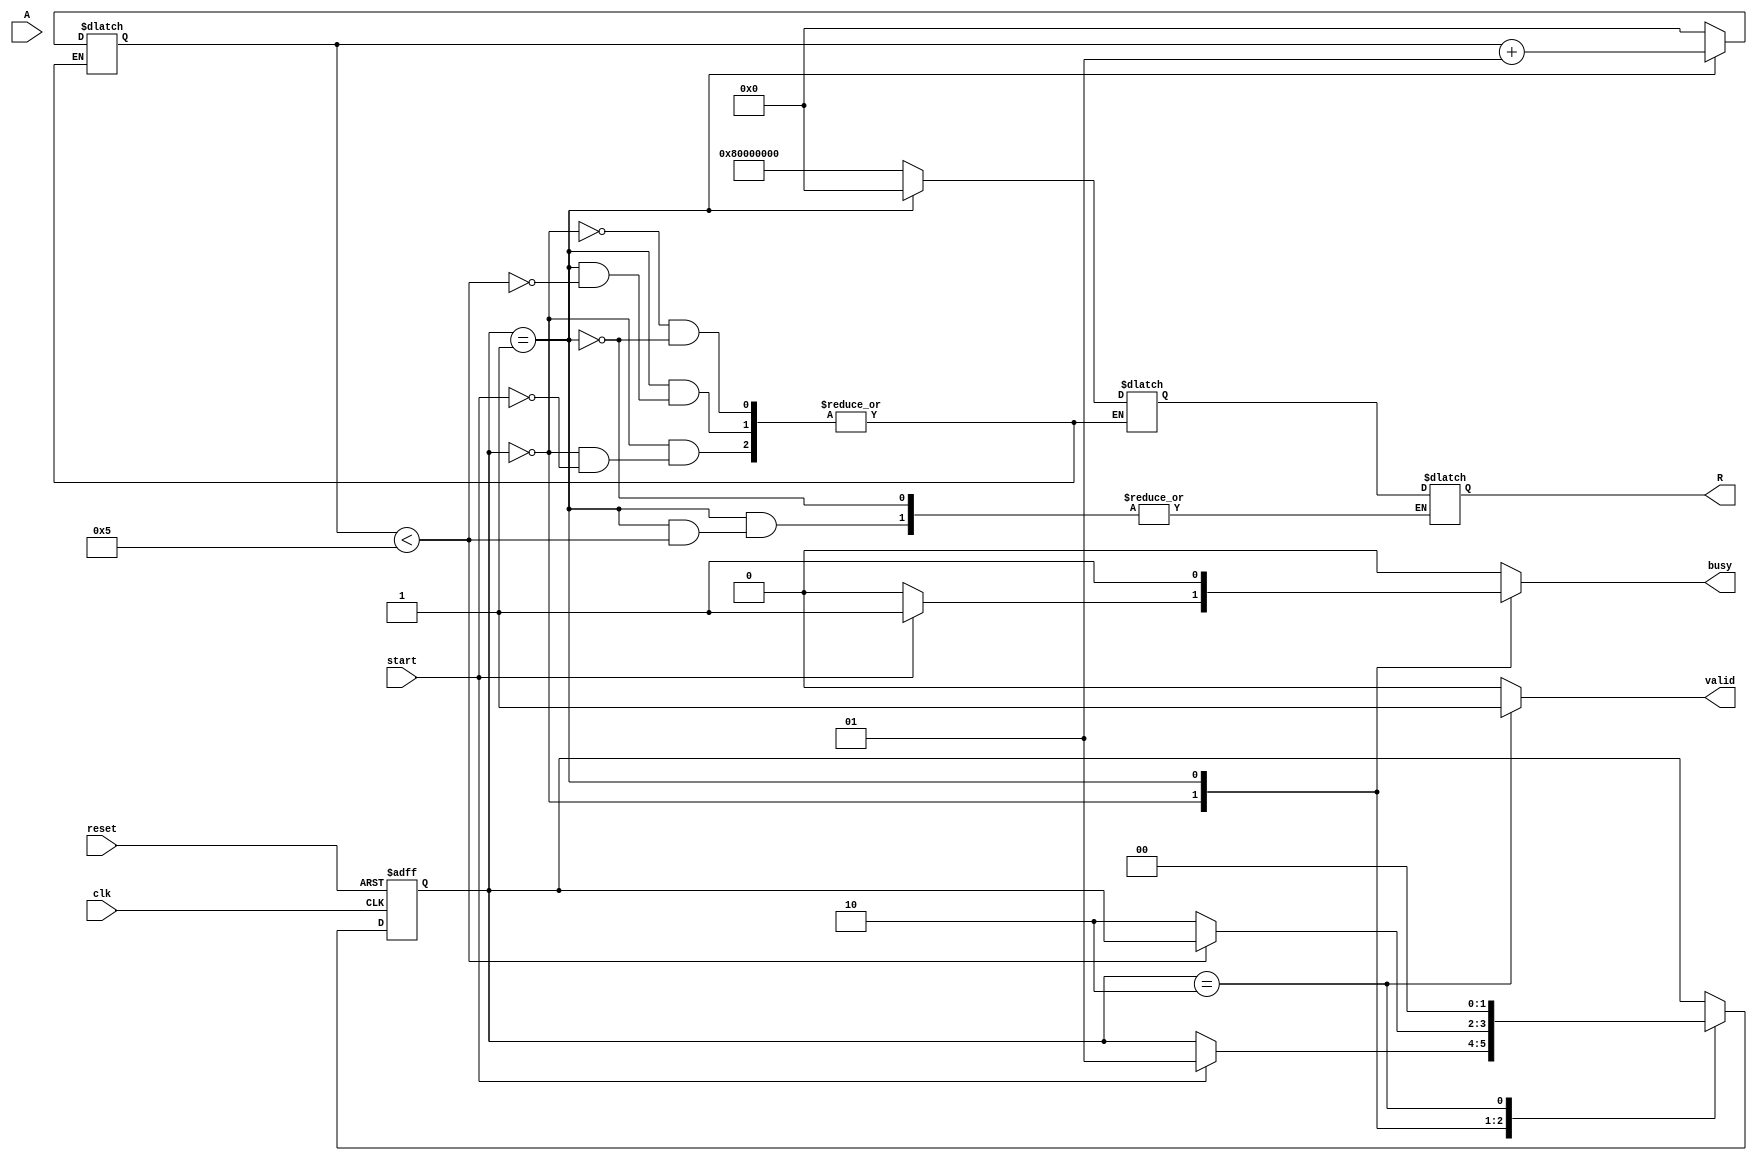
module ReciprocalUnit #(
    parameter WIDTH = 32, // Width of input and output data
    parameter ITERATIONS = 5 // Number of iterations for Newton-Raphson
) (
    input wire clk,
    input wire reset,
    input wire start,
    input wire [WIDTH-1:0] A, // Input data
    output reg [WIDTH-1:0] R, // Output reciprocal
    output reg valid, // Output valid signal
    output reg busy // Busy signal
);

    // States
    localparam IDLE = 2'b00;
    localparam COMPUTE = 2'b01;
    localparam OUTPUT = 2'b10;

    reg [1:0] state, next_state;
    reg [WIDTH-1:0] x; // Current guess for reciprocal
    reg [WIDTH-1:0] A_inv; // Intermediate result
    integer count;

    // State transition logic
    always @(posedge clk or posedge reset) begin
        if (reset) begin
            state <= IDLE;
        end else begin
            state <= next_state;
        end
    end

    // Next state logic and computation
    always @(*) begin
        next_state = state;
        valid = 0;
        busy = 0;

        case (state)
            IDLE: begin
                busy = 0;
                if (start) begin
                    A_inv = A == 0 ? {1'b1, {WIDTH-1{1'b0}}} : {1'b0, {WIDTH-1{1'b0}}}; // Handle zero input
                    x = 1 << (WIDTH-1); // Initial approximation (0.5) for fixed-point
                    count = 0;
                    next_state = COMPUTE;
                    busy = 1;
                end
            end
            
            COMPUTE: begin
                if (count < ITERATIONS) begin
                    x = x * (2 - A * x) >> (WIDTH); // Newton-Raphson iteration
                    count = count + 1;
                end else begin
                    R = x; // Store final result
                    next_state = OUTPUT;
                end
                busy = 1;
            end
            
            OUTPUT: begin
                valid = 1; // Output is valid
                next_state = IDLE; // Go back to idle
            end
        endcase
    end

    // Output logic is handled in next state
endmodule